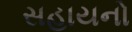
સહાયનો